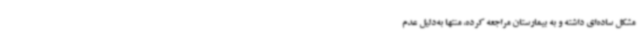
مشکل ساده‌ای داشته و به بیمارستان مراجعه کرده، منتها به‌دلیل عدم‌